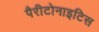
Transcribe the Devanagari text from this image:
पैरीटोनाइटिस